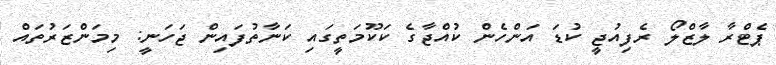
ޕެޓްރާ ލާޒްލޯ ރެފިއުޖީ ކުޑަ އަންހެން ކުއްޖާގެ ކަކޫމަތީގައި ކަނާތުފައިން ޖަހަނީ: މިމަންޒަރުތައް